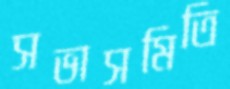
সভাসমিতি